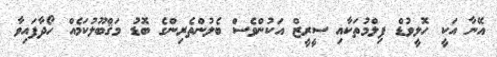
އޭނާ އަކީ ހޮލީވުޑް ފިލްމުތަކާއި ސީރީޒް އަކުންވެސް ބެލުންތެރިންގެ ބޮޑު މަޤްބޫލުކަމެއް ހޯދާފައިވާ